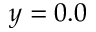
y = 0 . 0